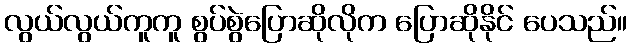
လွယ်လွယ်ကူကူ စွပ်စွဲပြောဆိုလိုက ပြောဆိုနိုင် ပေသည်။